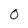
Character: 0